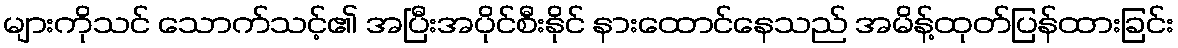
များကိုသင် သောက်သင့်၏ အပြီးအပိုင်စီးနိုင် နားထောင်နေသည် အမိန့်ထုတ်ပြန်ထားခြင်း